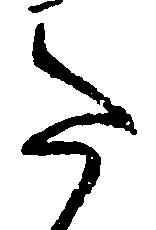
た